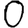
Digit: 0